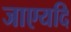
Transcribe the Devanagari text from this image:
जाएयदि